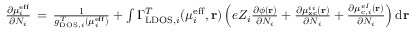
\begin{array} { r } { \frac { \partial \mu _ { i } ^ { \mathrm { e f f } } } { \partial N _ { i } } \, = \, \frac { 1 } { g _ { \mathrm { D O S } , i } ^ { T } ( \mu _ { i } ^ { \mathrm { e f f } } ) } + \int \Gamma _ { \mathrm { L D O S } , i } ^ { T } ( \mu _ { i } ^ { \mathrm { e f f } } , \mathbf { r } ) \left( e Z _ { i } \frac { \partial \phi ( \mathbf { r } ) } { \partial N _ { i } } + \frac { \partial \mu _ { \mathrm { x c } } ^ { i i } ( \mathbf { r } ) } { \partial N _ { i } } + \frac { \partial \mu _ { \mathrm { c } , i } ^ { e I } ( \mathbf { r } ) } { \partial N _ { i } } \right) \mathrm { d } \mathbf { r } } \end{array}